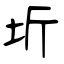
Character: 圻